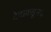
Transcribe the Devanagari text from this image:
देवाकडूनच